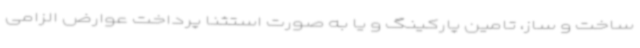
ساخت و ساز، تامین پارکینگ و یا به صورت استثنا پرداخت عوارض الزامی